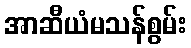
အာဆီယံမသန်စွမ်း